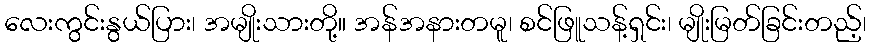
လေးကွင်းနွယ်ပြား၊ အမျိုးသားတို့။ အန်အနားတမူ၊ စင်ဖြူသန့်ရှင်း၊ မျိုးမြတ်ခြင်းတည့်၊